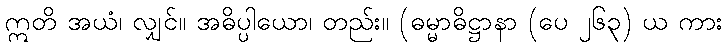
ဣတိ အယံ၊ လျှင်။ အဓိပ္ပါယော၊ တည်း။ (ဓမ္မာဓိဋ္ဌာနာ (ပေ ၂၆၃) ယ ကား